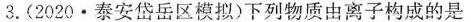
3. (2020·泰安岱岳区模拟)下列物质由离子构成的是